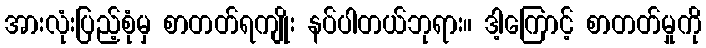
အားလုံးပြည့်စုံမှ စာတတ်ရကျိုး နပ်ပါတယ်ဘုရား။ ဒါ့ကြောင့် စာတတ်မှုကို